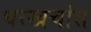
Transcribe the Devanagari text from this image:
घरखर्चास